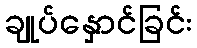
ချုပ်နှောင်ခြင်း